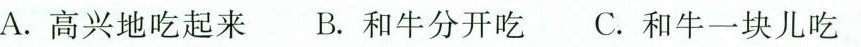
A.高兴地吃起来 B.和牛分开吃 C.和牛一块儿吃